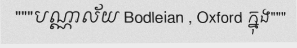
"""បណ្ណាល័យ Bodleian , Oxford ក្នុង"""